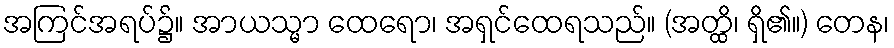
အကြင်အရပ်၌။ အာယသ္မာ ထေရော၊ အရှင်ထေရသည်။ (အတ္ထိ၊ ရှိ၏။) တေန၊